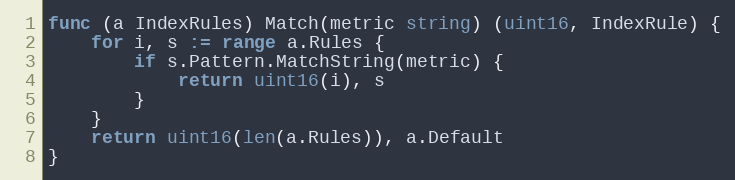
Language: Go
func (a IndexRules) Match(metric string) (uint16, IndexRule) {
	for i, s := range a.Rules {
		if s.Pattern.MatchString(metric) {
			return uint16(i), s
		}
	}
	return uint16(len(a.Rules)), a.Default
}